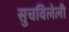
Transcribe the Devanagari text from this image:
सुचविलेली